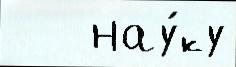
   нау́ку